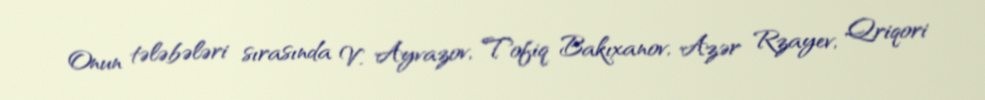
Onun tələbələri sırasında V. Ayvazov, Tofiq Bakıxanov, Azər Rzayev, Qriqori